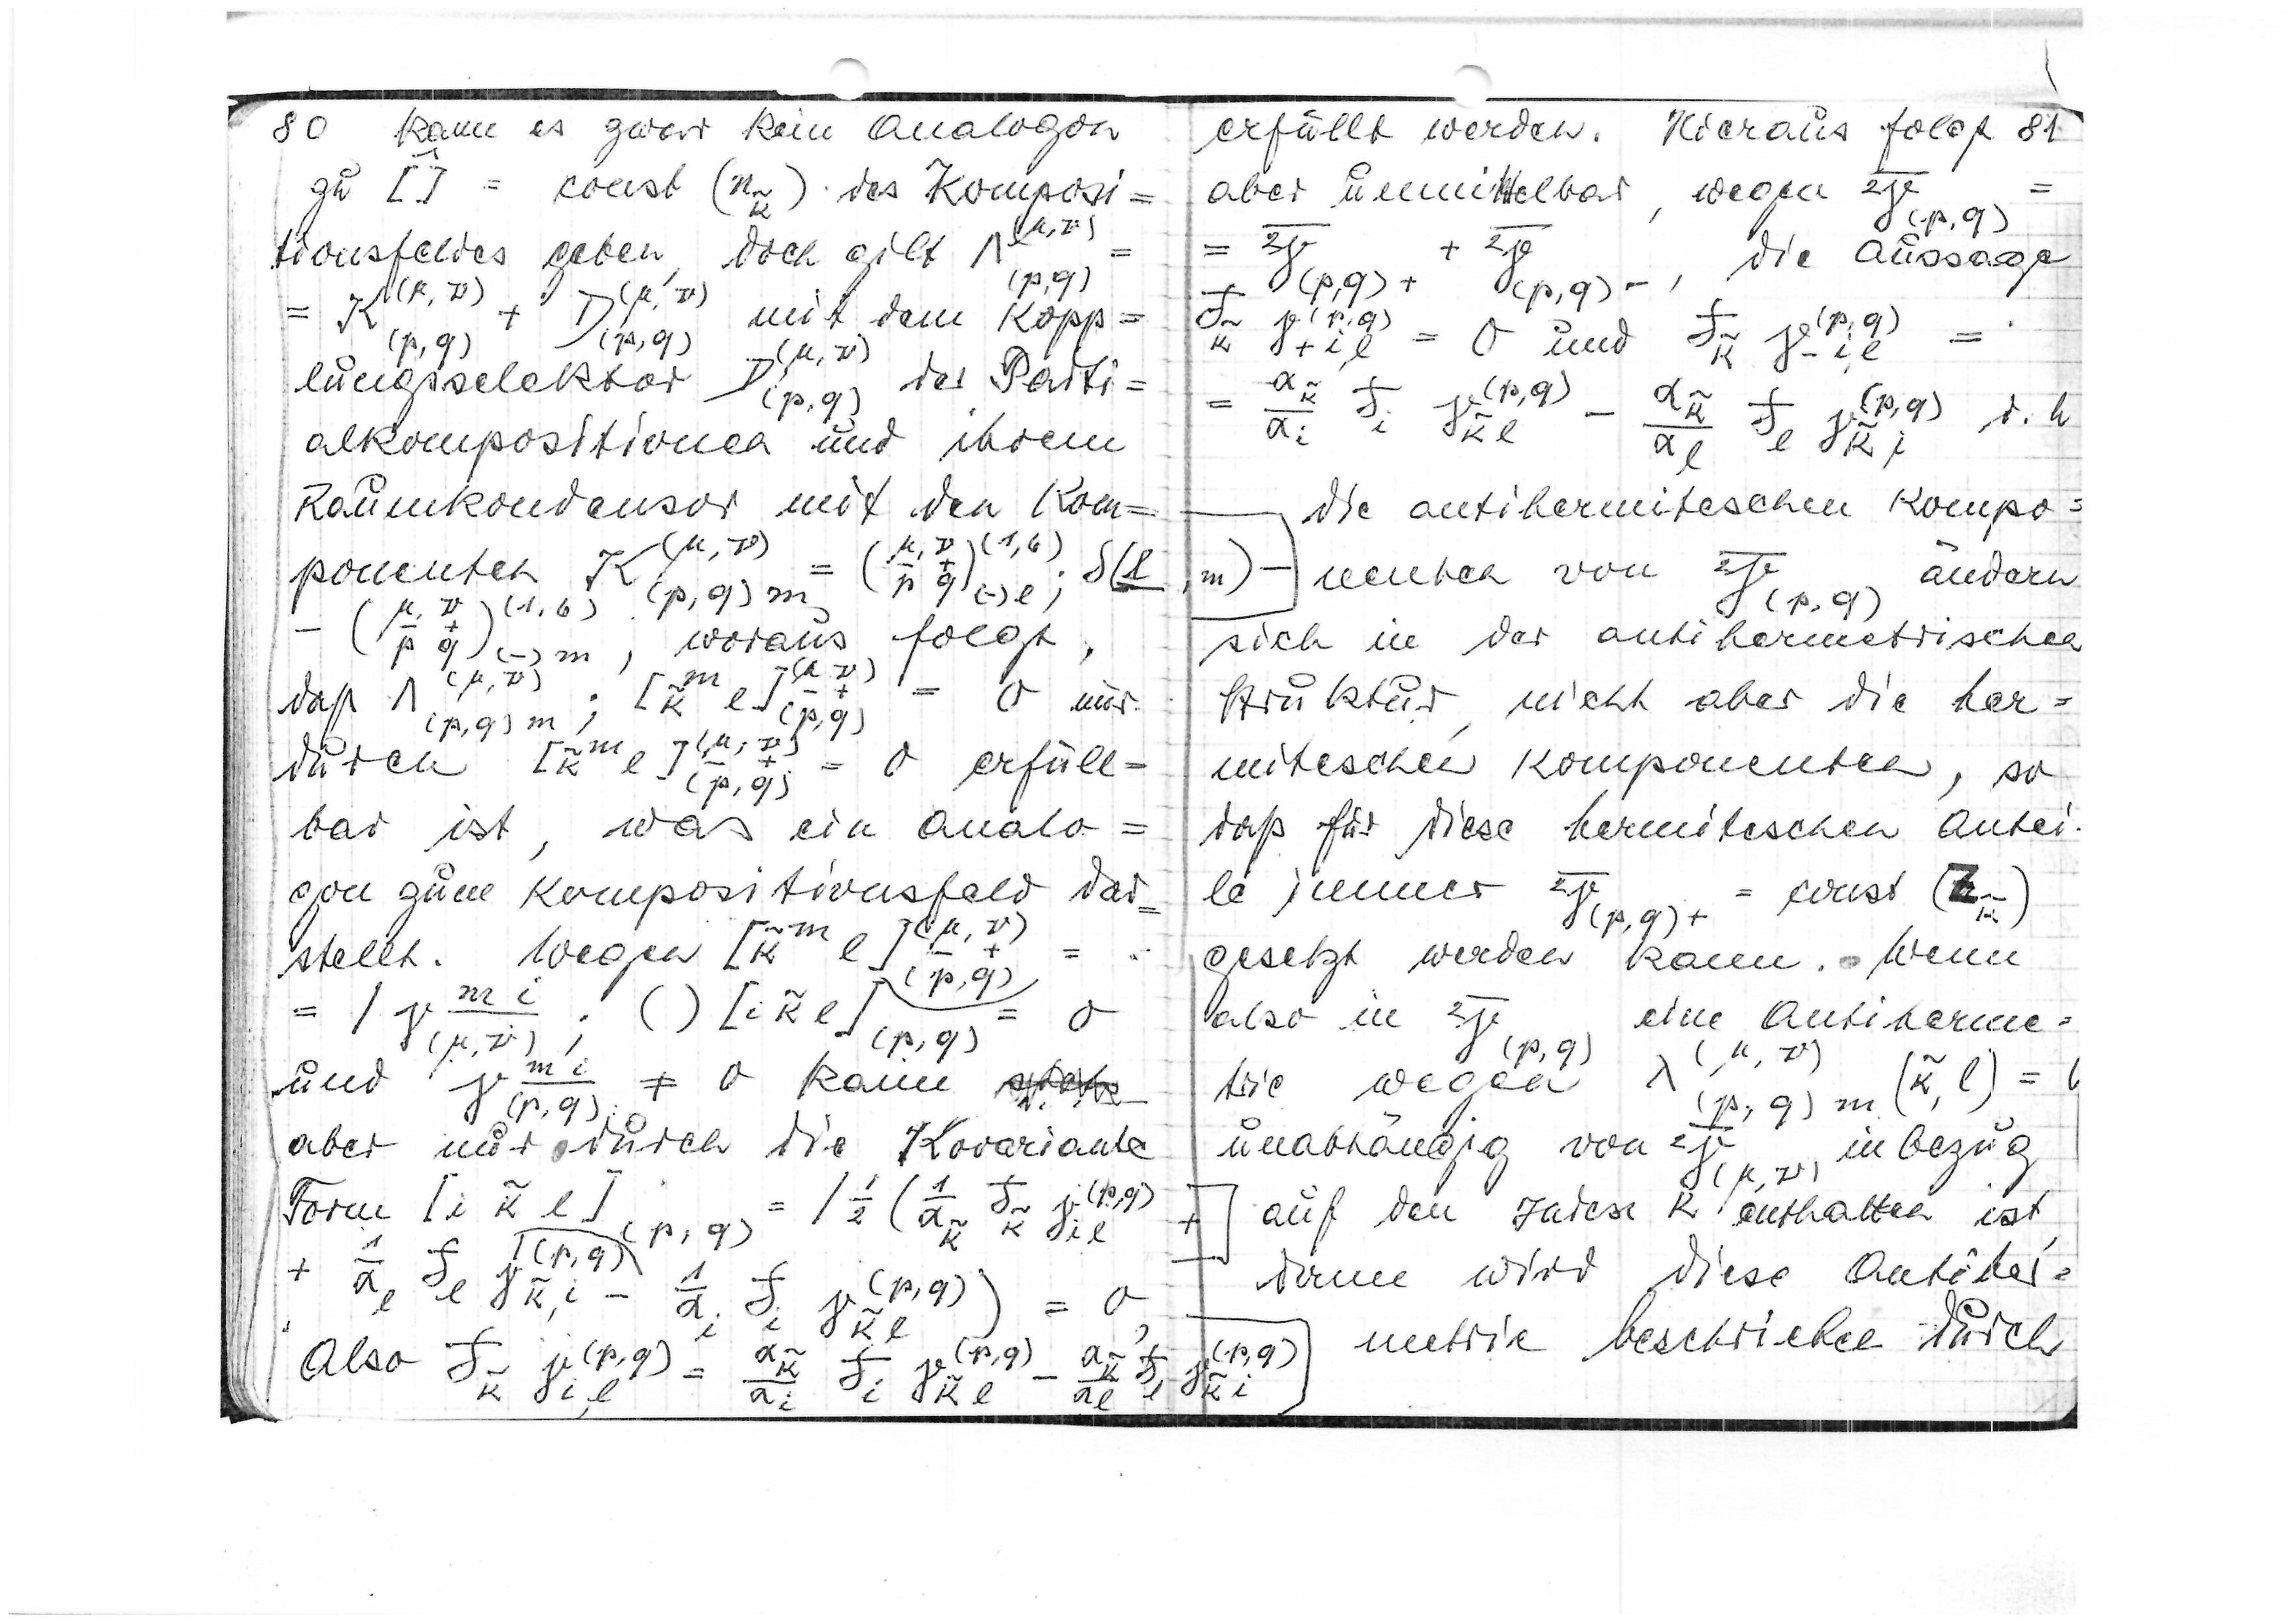
80
kann es zwar kein Analogon
zu

= const

des Komposi=
tionsfeldes geben, doch gilt

(p,q)

=
mit dem Kopp=
(p,q)

lungsselektor
D(p,q)
der Parti=
alkompositionen und ihrem
Raumkondensor mit den Kom=

ponenten K

-

woraus folgt,
(μ,ν)

daß

nur

= 0 erfüll=
durch

bar ist, was ein Analo=
gon zum Kompositionsfeld dar=

=
stellt. Wegen

0

und

≠ 0 kann

(p,q)
aber nur durch die kovariante
1

Form

(p,q)

+

Also

81
erfüllt werden. Hieraus folgt
aber unmittelbar, wegen

die Aussage

= 0 und

=

=

die antihermitischen Kompo=

nenten von

ändern

sich in der antihermetrischen
Struktur, nicht aber die her=
mitischen Komponenten, so
daß für diese hermitischen Antei
le immer

= const

gesetzt werden kann. Wenn
also in

eine Antiherme=
trie wegen

=

unabhängig von

inbezug
auf den Index k enthalten ist,
dann wird diese Antiher=
(p,q)
metrie beschrieben durch